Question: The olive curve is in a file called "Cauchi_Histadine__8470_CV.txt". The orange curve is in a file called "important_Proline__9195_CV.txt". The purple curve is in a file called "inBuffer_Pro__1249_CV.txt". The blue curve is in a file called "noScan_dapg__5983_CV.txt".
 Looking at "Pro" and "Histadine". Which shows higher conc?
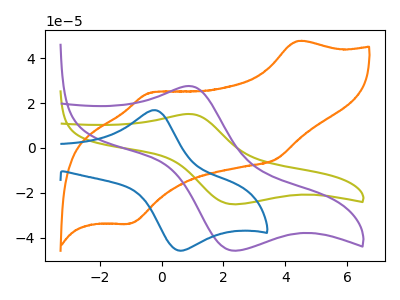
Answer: <think>The olive curve "Histadine" has an anodic peak at (0.90V, 15.15uA) and a cathodic peak at (2.40V, -25.15uA). The orange curve "Proline" has anodic peaks at (4.40V, 47.60uA) (-0.35V, 24.65uA) and cathodic peaks at (3.65V, -5.25uA) (-1.00V, -33.80uA). The purple curve "Pro" has an anodic peak at (0.90V, 27.65uA) and a cathodic peak at (2.40V, -45.90uA). The blue curve "dapg" has an anodic peak at (-0.25V, 16.90uA) and a cathodic peak at (0.55V, -45.75uA).
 All the peaks in "Pro" have a peak in "Histadine" at the same potential. Every peak in "Pro" is higher than every peak in "Histadine".</think>
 <answer>"Pro" has more signal than "Histadine" and so likely has a higher concentration.</answer>
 <eval>more_concentration</eval>